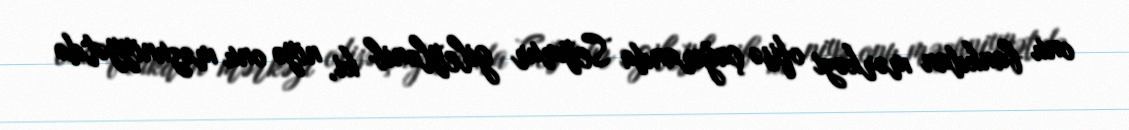
onu bankdan mərkəzi ofisə çağıranda Seymur gileylənib ki, niyə onu məzuniyyətdə